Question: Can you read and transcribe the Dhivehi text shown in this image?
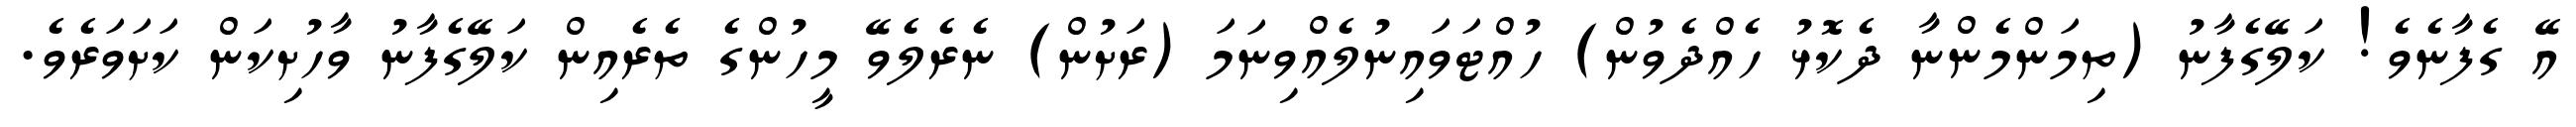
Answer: އޭ ގެފާނެވެ! ކަލޭގެފާނު (ތިމަންމެންނާ ދެކޮޅު ހެއްދެވުން) ހުއްޓަވައިނުލެއްވިނަމަ (ރަށުން) ނެރެލެވޭ މީހުންގެ ތެރެއިން ކަލޭގެފާނު ވާހުށިކަން ކަށަވަރެވެ.